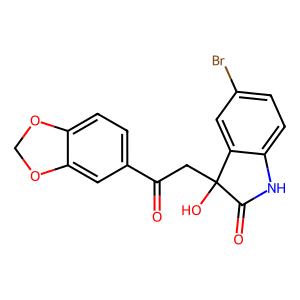
SMILES: O=C(CC1(O)C(=O)Nc2ccc(Br)cc21)c1ccc2c(c1)OCO2
Inhibits HIV replication: No